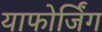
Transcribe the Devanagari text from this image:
याफोर्जिंग